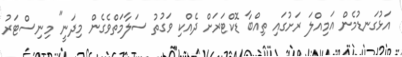
އަޅުގަނޑުމެން އަމިއްލަ ރަށުގައި ތިއްބާ ޑޮކްޓަރަށް ދެއްކި ވަގުތު ސަލާމަތްވެގެން މިދަނީ" މިނިސްޓަރު